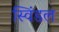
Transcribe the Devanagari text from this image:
स्विंडल